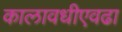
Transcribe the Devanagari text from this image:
कालावधीएवढा